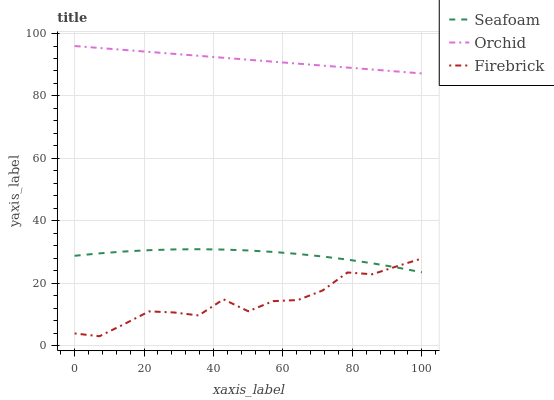
| xaxis_label | Seafoam | Orchid | Firebrick |
 | --- | --- | --- | --- |
 | 0 | 28.8 | 96 | 3.89 |
 | 7.14 | 29.6 | 95.4 | 3 |
 | 14.3 | 30.2 | 94.7 | 6.9 |
 | 21.4 | 30.6 | 94.1 | 11 |
 | 28.6 | 30.8 | 93.5 | 10.6 |
 | 35.7 | 30.9 | 92.9 | 9.66 |
 | 42.9 | 30.8 | 92.2 | 14.8 |
 | 50 | 30.5 | 91.6 | 11 |
 | 57.1 | 30 | 91 | 14.3 |
 | 64.3 | 29.4 | 90.3 | 14.6 |
 | 71.4 | 28.6 | 89.7 | 17.7 |
 | 78.6 | 27.6 | 89.1 | 23.4 |
 | 85.7 | 26.4 | 88.5 | 22.9 |
 | 92.9 | 25 | 87.8 | 25.4 |
 | 100 | 23.5 | 87.2 | 27.9 |